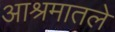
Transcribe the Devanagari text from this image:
आश्रमातले